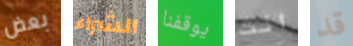
بعض الشراء يوقفنا انت قد